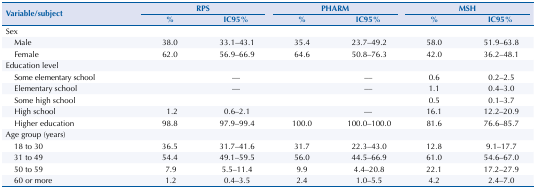
<table><thead><tr><td rowspan="3"><b>Variable/subject</b></td><td colspan="2"><b>RPS</b></td><td colspan="2"><b>PHARM</b></td><td colspan="2"><b>MSH</b></td></tr><tr><td><b>%</b></td><td><b>IC95%</b></td><td><b>%</b></td><td><b>IC95%</b></td><td><b>%</b></td><td><b>IC95%</b></td></tr></thead><tbody><tr><td colspan="7">Sex</td></tr><tr><td>Male</td><td>38.0</td><td>33.1–43.1</td><td>35.4</td><td>23.7–49.2</td><td>58.0</td><td>51.9–63.8</td></tr><tr><td>Female</td><td>62.0</td><td>56.9–66.9</td><td>64.6</td><td>50.8–76.3</td><td>42.0</td><td>36.2–48.1</td></tr><tr><td>Education level</td><td> </td><td> </td><td> </td><td> </td><td> </td><td> </td></tr><tr><td>Some elementary school</td><td> </td><td>––</td><td> </td><td>––</td><td>0.6</td><td>0.2–2.5</td></tr><tr><td>Elementary school</td><td> </td><td>––</td><td> </td><td>––</td><td>1.1</td><td>0.4–3.0</td></tr><tr><td>Some high school</td><td> </td><td> </td><td> </td><td> </td><td>0.5</td><td>0.1–3.7</td></tr><tr><td>High school</td><td>1.2</td><td>0.6–2.1</td><td> </td><td>––</td><td>16.1</td><td>12.2–20.9</td></tr><tr><td>Higher education</td><td>98.8</td><td>97.9–99.4</td><td>100.0</td><td>100.0–100.0</td><td>81.6</td><td>76.6–85.7</td></tr><tr><td>Age group (years)</td><td> </td><td> </td><td> </td><td> </td><td> </td><td> </td></tr><tr><td>18 to 30</td><td>36.5</td><td>31.7–41.6</td><td>31.7</td><td>22.3–43.0</td><td>12.8</td><td>9.1–17.7</td></tr><tr><td>31 to 49</td><td>54.4</td><td>49.1–59.5</td><td>56.0</td><td>44.5–66.9</td><td>61.0</td><td>54.6–67.0</td></tr><tr><td>50 to 59</td><td>7.9</td><td>5.5–11.4</td><td>9.9</td><td>4.4–20.8</td><td>22.1</td><td>17.2–27.9</td></tr><tr><td>60 or more</td><td>1.2</td><td>0.4–3.5</td><td>2.4</td><td>1.0–5.5</td><td>4.2</td><td>2.4–7.0</td></tr></tbody></table>